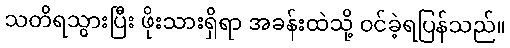
သတိရသွားပြီး ဖိုးသားရှိရာ အခန်းထဲသို့ ဝင်ခဲ့ရပြန်သည်။